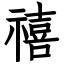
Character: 禧